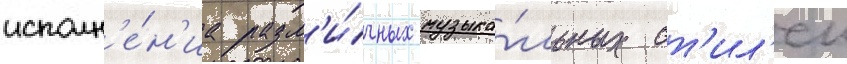
исполн'е́н'иа разл'и́чных музыка́льных ст'ил'еи